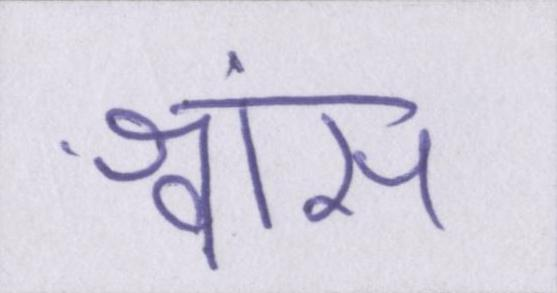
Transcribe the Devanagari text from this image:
श्वांस